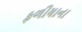
ફળીયાના